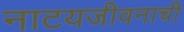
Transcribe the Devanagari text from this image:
नाटयजीवनाची